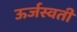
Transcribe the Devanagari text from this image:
ऊर्जस्वती